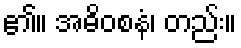
၏။ အဓိဝစနံ၊ တည်း။